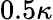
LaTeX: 0.5\kappa